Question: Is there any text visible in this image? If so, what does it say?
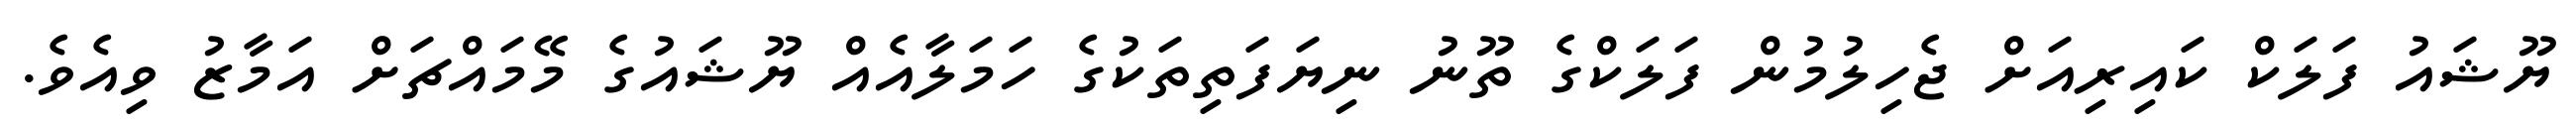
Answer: ޔޫޝައު ފަލަކް ކައިރިއަށް ޖެހިލުމުން ފަލަކްގެ ތޫނު ނިޔަފަތިތަކުގެ ހަމަލާއެއް ޔޫޝައުގެ މޭމައްޗަށް އަމާޒު ވިއެވެ.